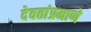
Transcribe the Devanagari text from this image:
देवतांप्रमाणे